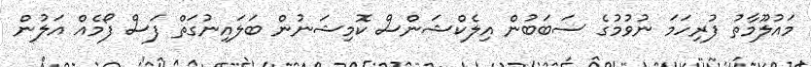
މައުލޫމާތު ފުރިހަމަ ނުވުމުގެ ސަބަބުން އިލެކްޝަންސް ކޮމިޝަނުން ބަލައިނުގަތް ފަސް ފޯމެއް އަލުން